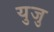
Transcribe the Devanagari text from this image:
युजु